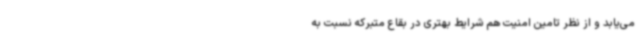
می‌یابد و از نظر تامین امنیت هم شرایط بهتری در بقاع متبرکه نسبت به